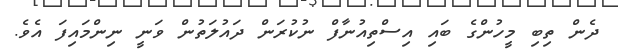
ދެން ތިބި މީހުންގެ ބައި އިސްތިއުނާފް ނުކުރަން ދައުލަތުން ވަނީ ނިންމައިފަ އެވެ.